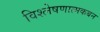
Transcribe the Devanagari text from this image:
विश्लेषणात्मकबन